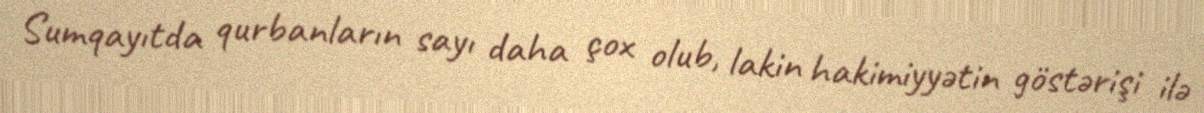
Sumqayıtda qurbanların sayı daha çox olub, lakin hakimiyyətin göstərişi ilə